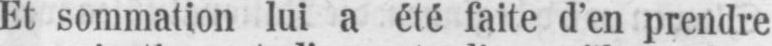
Et sommation lui a été faite d’en prendre